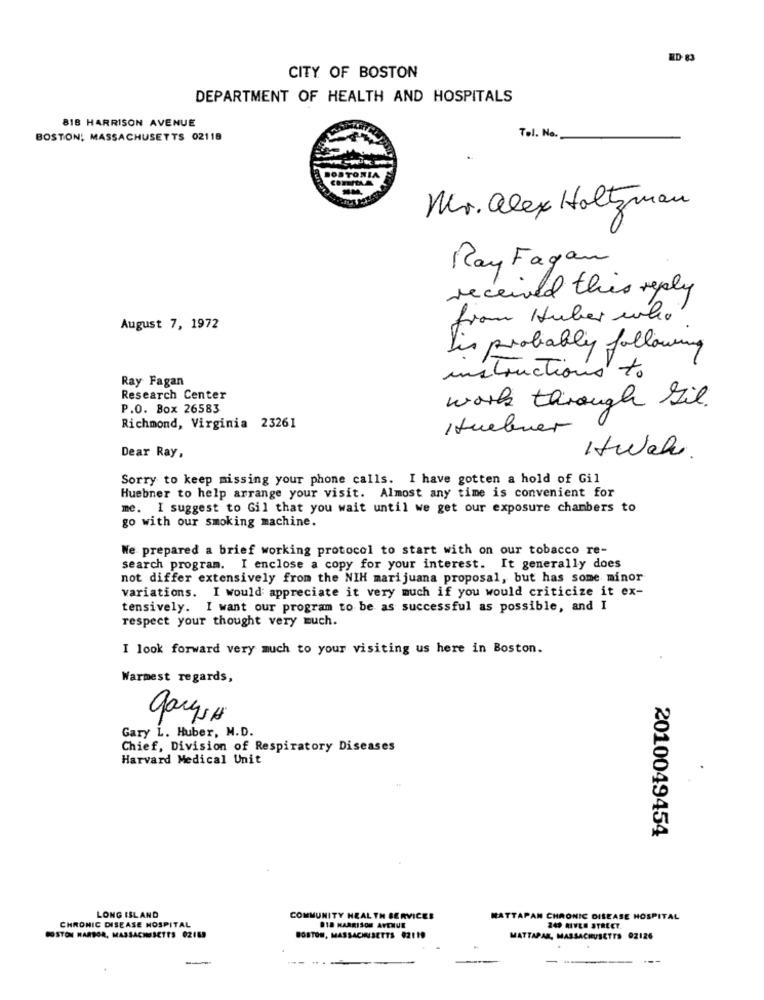
CITY OF BOSTON
DEPARTMENT OF HEALTH AND HOSPITALS
818 HARRISON AVENUE
BOSTON, MASSACHUSETTS 02118
Tel. No.
POSTONIA
Mr. alex Holtzman
Ray Fagan
received this reply
from Huber who
August 7, 1972
Lis probably following
Ray Fagan
instructions to
Research Center
work through Gil.
P.O. Box 26583
Richmond, Virginia 23261
Huebner
Htwah
Dear Ray,
Sorry to keep missing your phone calls. I have gotten a hold of Gil
Huebner to help arrange your visit. Almost any time is convenient for
me. I suggest to Gil that you wait until we get our exposure chambers to
go with our smoking machine.
We prepared a brief working protocol to start with on our tobacco re-
search program. I enclose a copy for your interest. It generally does
not differ extensively from the NIH marijuana proposal, but has some minor
variations. I would appreciate it very much if you would criticize it ex-
tensively. I want our program to be as successful as possible, and I
respect your thought very much.
I look forward very much to your visiting us here in Boston.
Warmest regards,
garyso
Gary L. Huber, M.D.
Chief, Division of Respiratory Diseases
Harvard Medical Unit
2010049454
LONG ISLAND
CHRONIC DISEASE HOSPITAL
COMMUNITY HEALTH SERVICEE
MATTAPAN CHRONIC DISEASE HOSPITAL
BOSTON HARBOR, MASSACHUSETTS 02165
18 HARRISON AVENUE
249 RIVLE STREET
BOSTON, MASSACHUSETTS 02110
MATTAPAN, MASSACHUSETTS 92126
--
.....
----